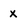
Character: x